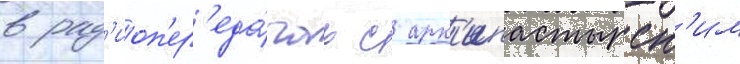
в рад'иоп'ер'еда́чах с арх'ипастырск'им